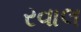
રવાલ